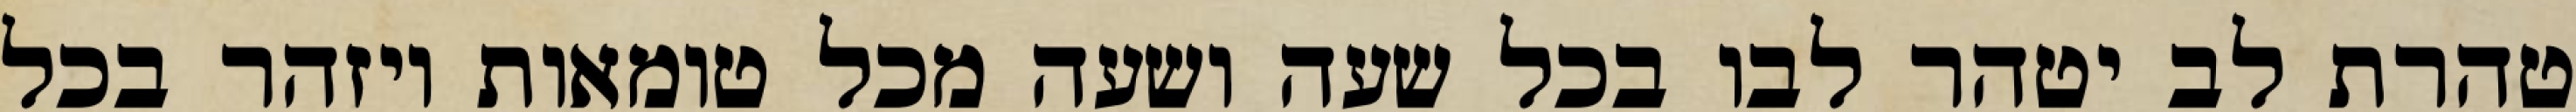
טהרת לב יטהר לבו בכל שעה ושעה מכל טומאות ויזהר בכל